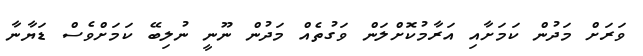
ވަރަށް މަދުން ކަމަށާއި އަރާމުކޮށްލަން ވަގުތެއް މަދުން ނޫނީ ނުލިބޭ ކަމަށްވެސް ޑަޔާނާ